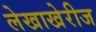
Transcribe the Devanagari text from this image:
लेखाखेरीज